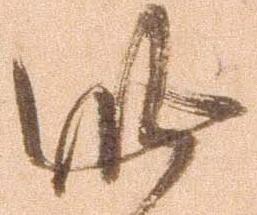
此